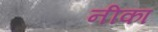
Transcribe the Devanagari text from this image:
नीका